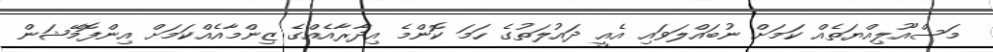
މަސްއޫލިއްޔަތެއް ކަމަށް ނުބައްލަވައި އެއީ ދައުލަތުގެ ހަމަ ކޮންމެ އިދާރާއެއްގެ ޒިންމާއެއްކަމަށް އިންފޮމޭޝަން